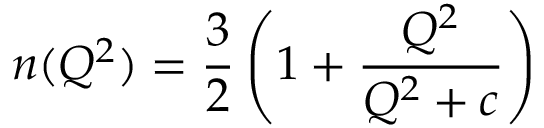
n ( Q ^ { 2 } ) = { \frac { 3 } { 2 } } \left( 1 + { \frac { Q ^ { 2 } } { Q ^ { 2 } + c } } \right)